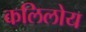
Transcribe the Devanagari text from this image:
कलिलोय